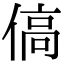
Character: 傐